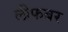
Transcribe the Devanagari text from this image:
लीफबर